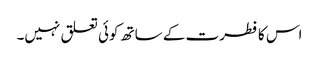
اس کا فطرت کے ساتھ کوئی تعلق نہیں۔